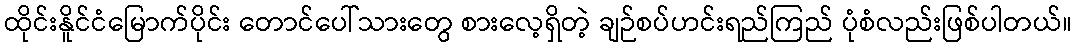
ထိုင်းနိူင်ငံမြောက်ပိုင်း တောင်ပေါ်သားတွေ စားလေ့ရှိတဲ့ ချဉ်စပ်ဟင်းရည်ကြည် ပုံစံလည်းဖြစ်ပါတယ်။